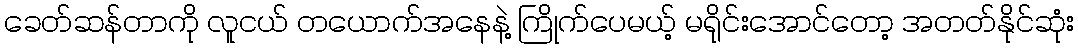
ခေတ်ဆန်တာကို လူငယ် တယောက်အနေနဲ့ ကြိုက်ပေမယ့် မရိုင်းအောင်တော့ အတတ်နိုင်ဆုံး